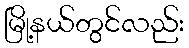
မြို့နယ်တွင်လည်း